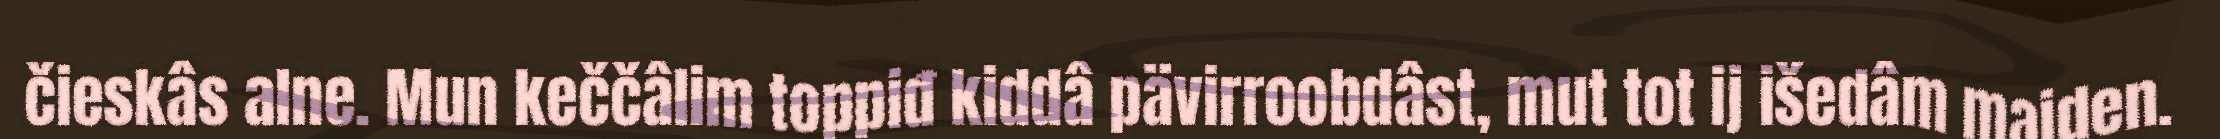
čieskâs alne. Mun keččâlim toppiđ kiddâ pävirroobdâst, mut tot ij išedâm maiden.